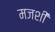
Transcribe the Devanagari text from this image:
मजशीं